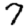
Digit: 7